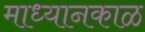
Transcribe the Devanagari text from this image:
माध्यानकाळ